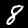
Digit: 8